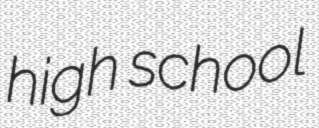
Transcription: high school